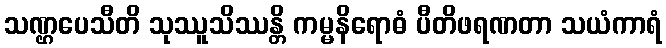
သဏ္ဌပေသီတိ သုဿူသိဿန္တိ ကမ္မနိရောဓံ ပီတိဖရဏတာ သယံကာရံ